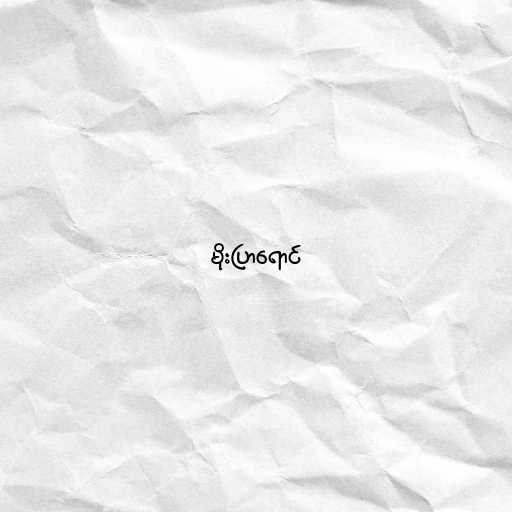
မိုးပြာရောင်